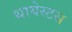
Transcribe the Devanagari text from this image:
थायेस्टस